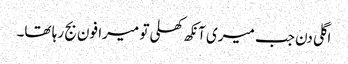
اگلی دن جب میری آنکھ کھلی تو میرا فون بج رہا تھا۔